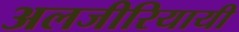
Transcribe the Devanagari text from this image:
अलजीरियायी